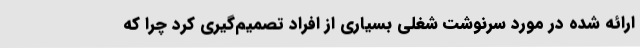
ارائه شده در مورد سرنوشت شغلی بسیاری از افراد تصمیم‌گیری کرد چرا که